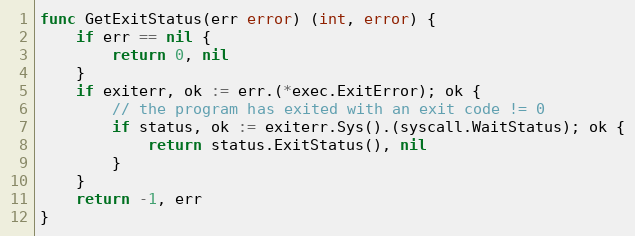
Language: Go
func GetExitStatus(err error) (int, error) {
	if err == nil {
		return 0, nil
	}
	if exiterr, ok := err.(*exec.ExitError); ok {
		// the program has exited with an exit code != 0
		if status, ok := exiterr.Sys().(syscall.WaitStatus); ok {
			return status.ExitStatus(), nil
		}
	}
	return -1, err
}